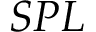
S P L